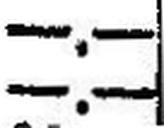
—.—